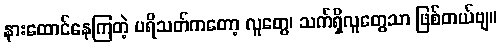
နားထောင်နေကြတဲ့ ပရိသတ်ကတော့ လူတွေ၊ သက်ရှိလူတွေသာ ဖြစ်တယ်ဗျ။